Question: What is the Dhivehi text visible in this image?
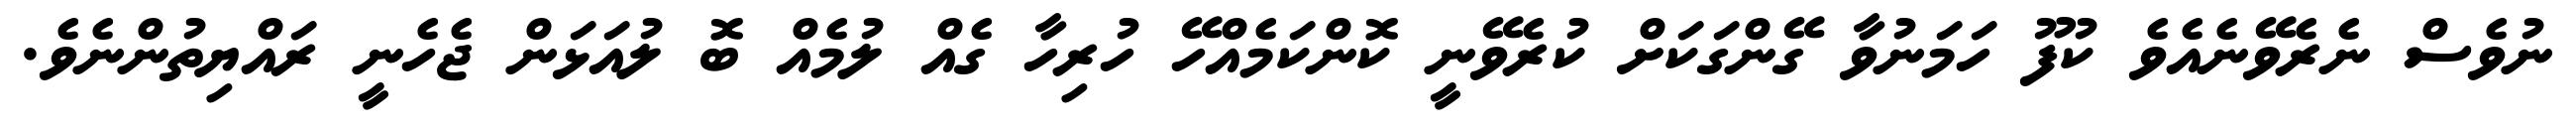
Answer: ނުވެސް ނެރެވޭނެއެވެ ކުފޫ ހަމަނުވާ ގޭންގަކަށް ކުރެވޭނީ ކޮންކަމެއްހޭ ހުރިހާ ގެއް ލުމެއް ބޮ ލުއަޅަން ޖެހެނީ ރައްޔިތުންނެވެ.